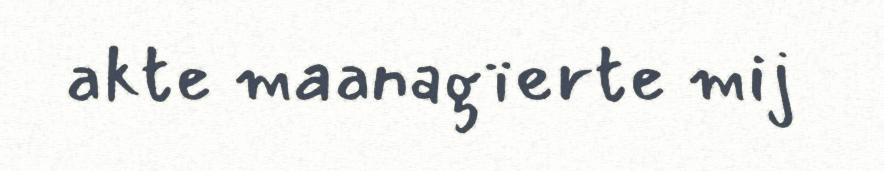
akte maanagïerte mij